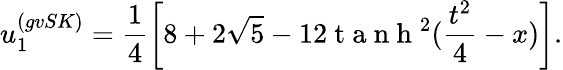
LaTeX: u_{1}^{(gvSK)}=\frac{1}{4}\left[8+2\sqrt{5}-12\mathrm{~t~a~n~h~}^{2}(\frac{t^{2}}{4}-x)\right].